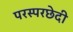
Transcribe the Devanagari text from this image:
परस्परछेदी